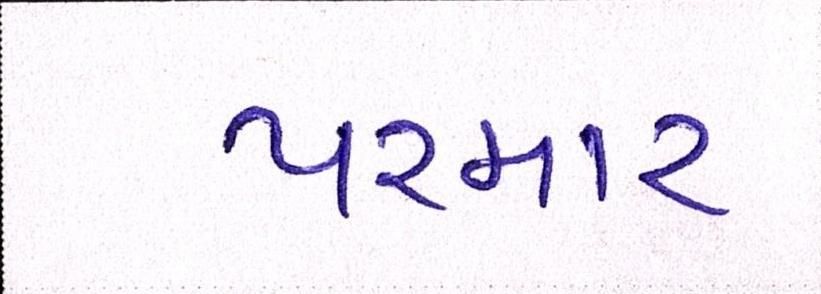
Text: પરમાર